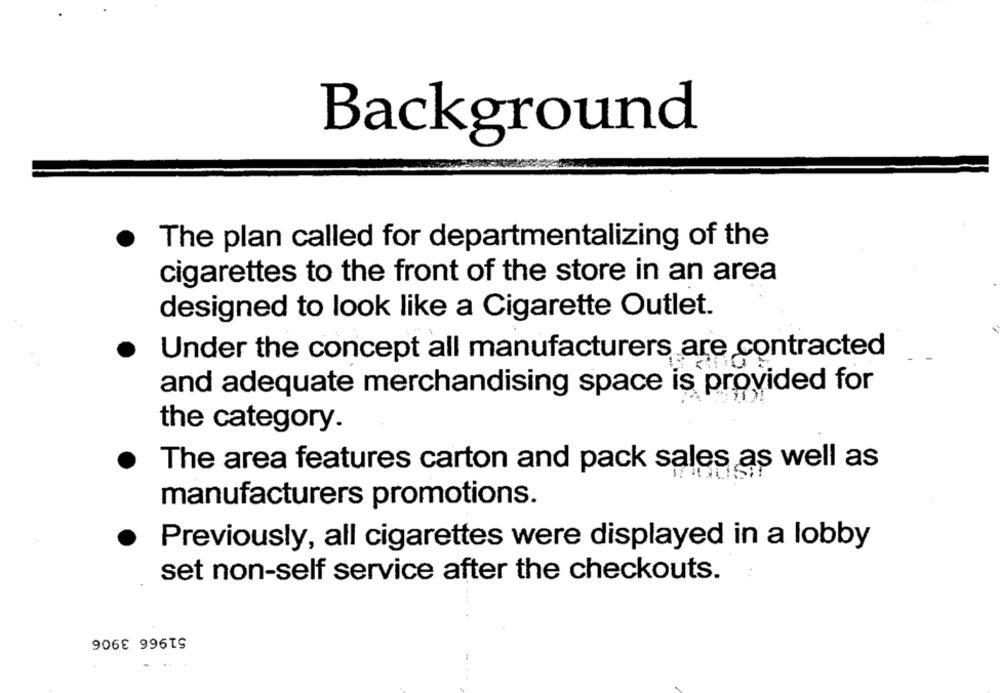
Background
The plan called for departmentalizing of the
cigarettes to the front of the store in an area
designed to look like a Cigarette Outlet.
Under the concept all manufacturers are contracted
and adequate merchandising space is provided for
the category.
The area features carton and pack sales as well as
manufacturers promotions.
Previously, all cigarettes were displayed in a lobby
:
set non-self service after the checkouts.
51966 3906